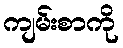
ကျမ်းစာကို